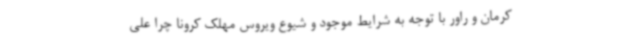
کرمان و راور با توجه به شرایط موجود و شیوع ویروس مهلک کرونا چرا علی